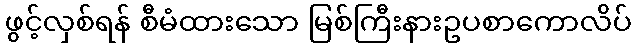
ဖွင့်လှစ်ရန် စီမံထားသော မြစ်ကြီးနားဥပစာကောလိပ်